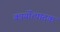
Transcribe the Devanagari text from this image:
कार्योत्पादक